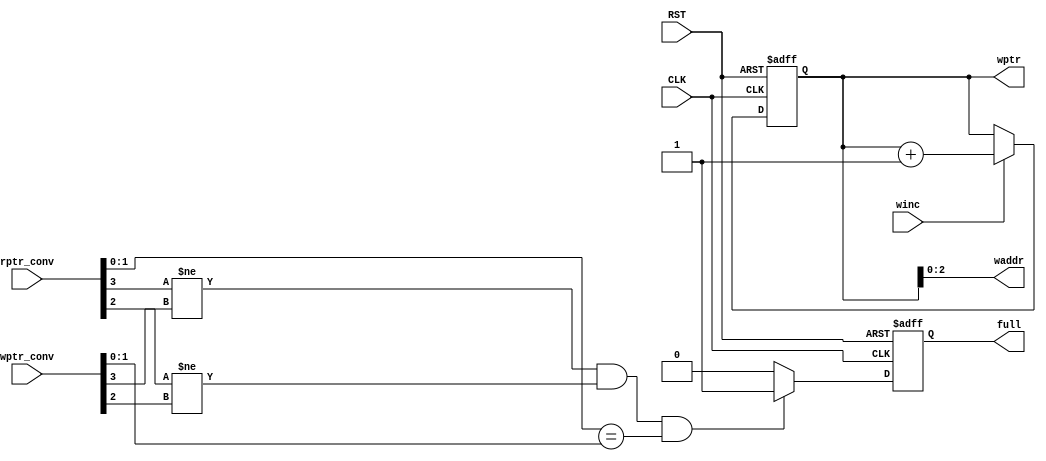
//******************************************************************************************//
//  Description:                                                                            //
//  ------------                                                                            //
//  It is responsible for calculation of write address (raddr) and generation of full flag  //
//                                                                                          //
//******************************************************************************************//

module FIFO_WR #( parameter PTR_WIDTH = 4 )
  ( input   wire                      CLK         ,
    input   wire                      RST         ,
    input   wire                      winc        ,
    input   wire    [PTR_WIDTH-1:0]   wptr_conv   ,
    input   wire    [PTR_WIDTH-1:0]   rptr_conv   ,
    output  reg     [PTR_WIDTH-1:0]   wptr        ,
    output  wire    [PTR_WIDTH-2:0]   waddr       ,
    output  reg                       full        );
    
    // full flag declaration
    wire  FULL_FLAG;
    
    // full calculation always block
    always @(posedge CLK or negedge RST)
    begin
      if(!RST)
        full <= 1'b0;
      else if(FULL_FLAG)
        full <= 1'b1;
      else
        full <= 1'b0;
    end
    
    // write address increment always block
    always @(posedge CLK or negedge RST)
    begin
      if(!RST)
        wptr <= 'b0;
      else if(winc)
        wptr <= wptr + 1'b1;
    end

  // the write address is the LSBs of the pointer
  assign waddr = wptr[PTR_WIDTH-2:0];
  
  // empty flag condition
  assign FULL_FLAG =  (rptr_conv[PTR_WIDTH-1]   != wptr_conv[PTR_WIDTH-1]) 
                                                && 
                      (rptr_conv[PTR_WIDTH-2]   != wptr_conv[PTR_WIDTH-2]) 
                                                &&                          
                      (rptr_conv[PTR_WIDTH-3:0] == wptr_conv[PTR_WIDTH-3:0]); //when both pointers, except the MSBs, are equal
endmodule